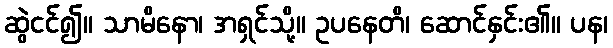
ဆွဲငင်၍။ သာမိနော၊ အရှင်သို့။ ဥပနေတိ၊ ဆောင်နှင်း၏။ ပန၊